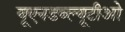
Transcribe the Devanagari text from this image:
यूएनडब्ल्यूटीओ